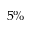
5 \%